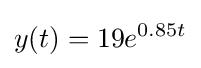
y(t)=19e^{0.85t}